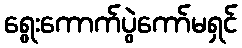
ရွေးကောက်ပွဲကော်မရှင်